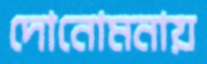
দোনোমনায়